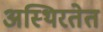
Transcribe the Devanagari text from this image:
अस्थिरतेत